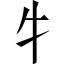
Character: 牜